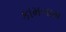
કામનામ